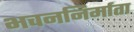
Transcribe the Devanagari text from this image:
भवननिर्माता